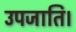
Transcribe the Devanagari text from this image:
उपजाति।